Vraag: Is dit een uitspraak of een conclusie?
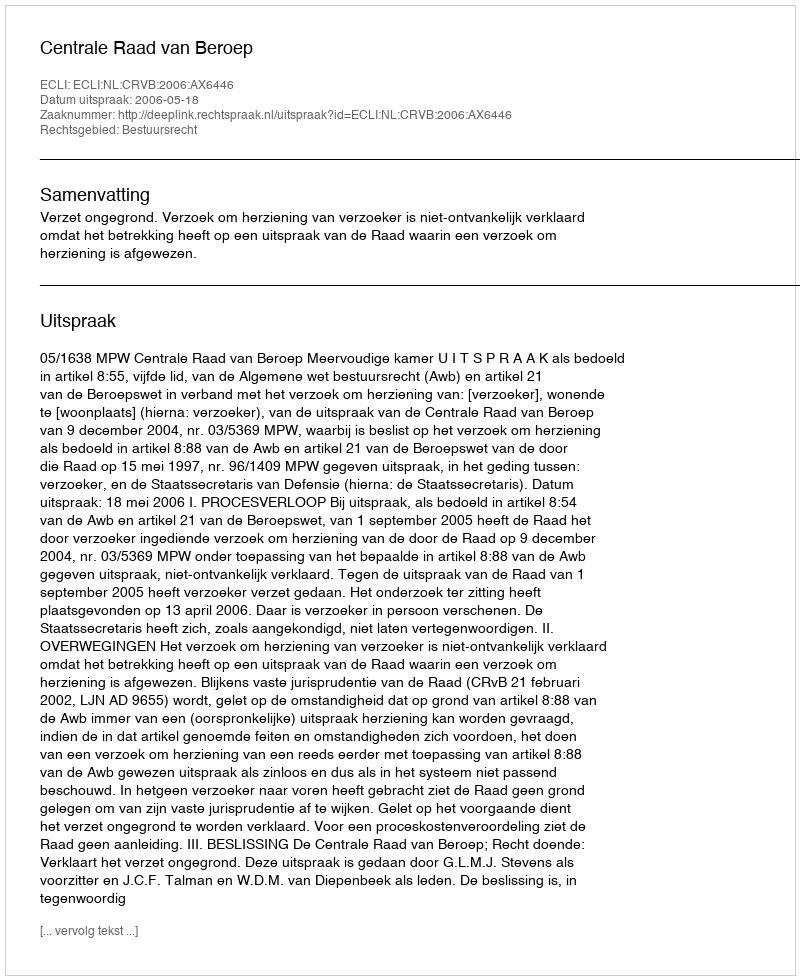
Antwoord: Uitspraak